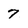
Character: 7